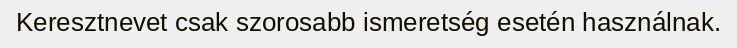
Keresztnevet csak szorosabb ismeretség esetén használnak.